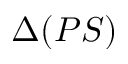
\Delta ( P S )